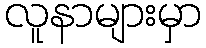
လူနာများမှာ